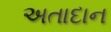
અતાદાન